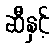
ဆီနှင့်